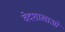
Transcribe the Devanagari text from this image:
वेदशाखाओं